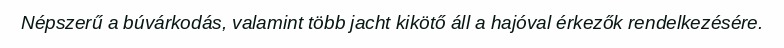
Népszerű a búvárkodás, valamint több jacht kikötő áll a hajóval érkezők rendelkezésére.